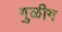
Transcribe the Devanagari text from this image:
गुळीग